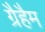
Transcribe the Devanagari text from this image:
ग्रैहैम